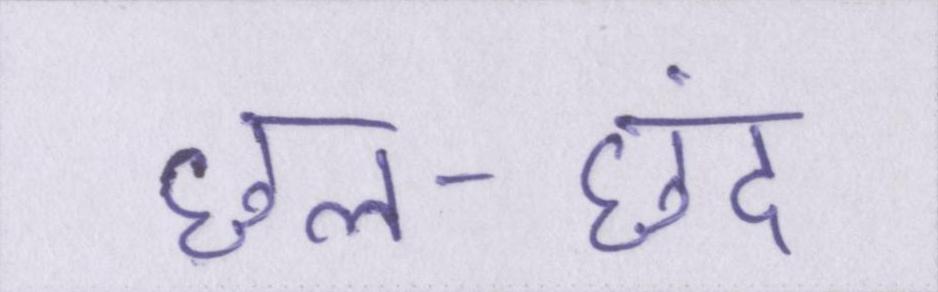
छल-छंद